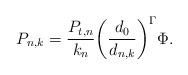
LaTeX: \begin{align*}P_{n,k}=\frac{P_{t,n}}{k_{n}}\bigg(\frac{d_{0}}{d_{n,k}}\bigg)^{\Gamma}\Phi. \end{align*}